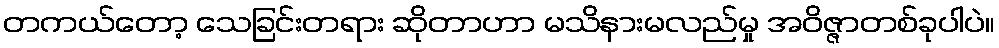
တကယ်တော့ သေခြင်းတရား ဆိုတာဟာ မသိနားမလည်မှု အဝိဇ္ဇာတစ်ခုပါပဲ။